Vaccine operations Central Provinces 1900-1911 - 1900-1911
Year: 1900
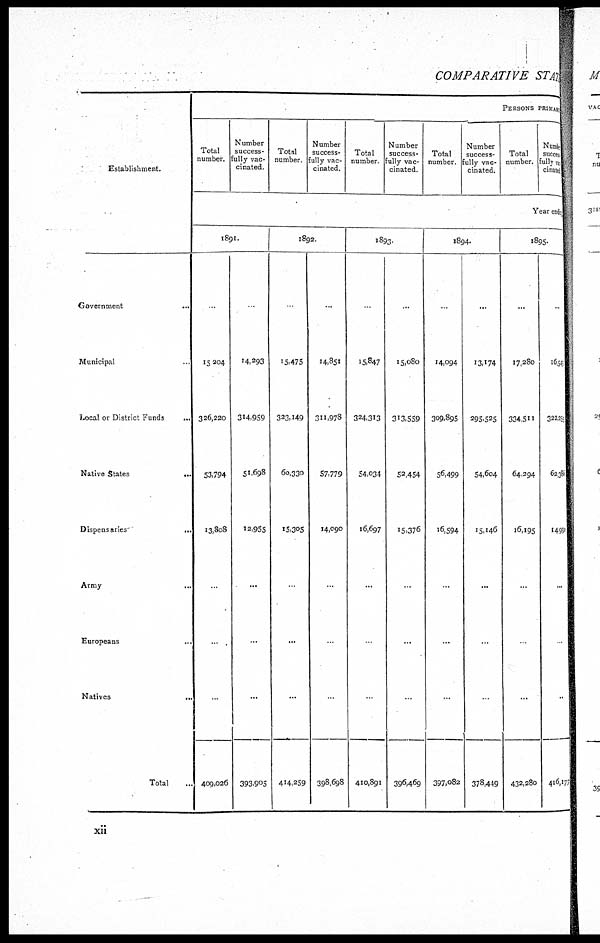
COMPARATIVE STATE
Establishment.
PERSONS PRIMARI
Total
number.
Number
success-
fully vac-
cinated.
Total
number.
Number
success-
fully vac-
cinated.
Total
number
Number
success-
fully vac-
cinated
Total
number.
Number
success-
fully vac-
cinated.
Total
number.
Number
success-
fully vac-
cinated.
Year endi
Government...
Municipal...
Local or District Funds
...
Native
States...
Dispensaries...
Army...
Europeans...
Natives...
Total...
1891.
.
15,204
326,220
53,794
13,808
..
.
409,026
..
14,293
314,959
51,698
12,955
...
...
...
393,905
1892.
.
15,475
323,149
60,330
15,305
..
...
...
414,259
...
14,851
311,978
57,779
14,090
...
...
..
398,698
1893
15,847
324,313
54,034
16,697
...
.
...
410,891
...
15,080
313,559
52,454
15,376
..
...
...
396,469
1894.
..
14,094
309,895
56,499
16,594
...
...
..
397,082
...
13,174
295,525
54,604
15,146
...
...
..
378,449
1895.
...
17,280
334,511
64,294
16,195
...
..
...
432,280
...
16,540
322,200
62,380
14,991
...
..
..
416,177
xii